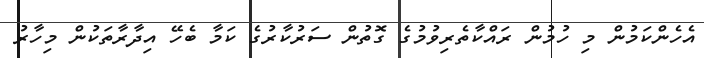
އެހެންކަމުން މި ހުމުން ރައްކާތެރިވުމުގެ ގޮތުން ސަރުކާރުގެ ކަމާ ބެހޭ އިދާރާތަކުން މިހާރު